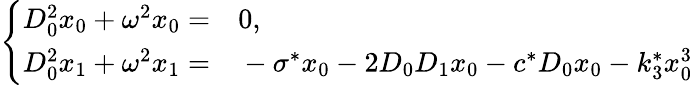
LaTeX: \left\{ \begin{array}{rl}{D_{0}^{2}x_{0}+\omega^{2}x_{0}=}&{{}0,}\\ {D_{0}^{2}x_{1}+\omega^{2}x_{1}=}&{{}-\sigma^{*}x_{0}-2D_{0}D_{1}x_{0}-c^{*}D_{0}x_{0}-k_{3}^{*}x_{0}^{3}}\end{array}\right.